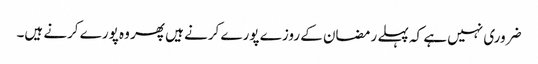
ضروری نہیں ہے کہ پہلے رمضان کے روزے پورے کرنے ہیں پھر وہ پورے کرنے ہیں۔